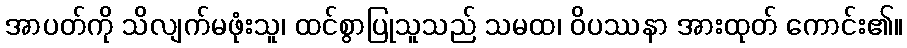
အာပတ်ကို သိလျက်မဖုံးသူ၊ ထင်စွာပြုသူသည် သမထ၊ ဝိပဿနာ အားထုတ် ကောင်း၏။